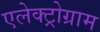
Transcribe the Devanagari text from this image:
एलेक्ट्रोग्राम